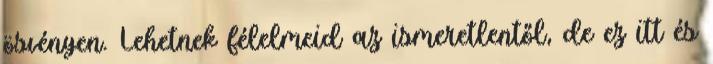
ösvényen. Lehetnek félelmeid az ismeretlentől, de ez itt és